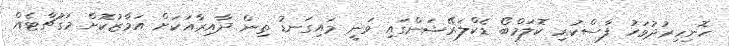
ހޮނިހިރުދުވަހު ފާސްކުރި ކޮލަމްބޯ ޑެކްލަރޭޝަންގައި ވަނީ މައިގަނޑު ތިން ދާއިރާއަކަށް އަމާޒުކޮށް މަގުޗާޓެއް